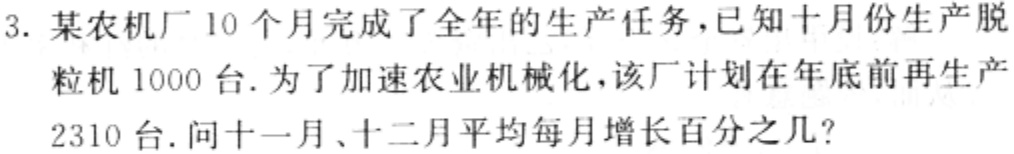
3. 某农机厂10个月完成了全年的生产任务，已知十月份生产脱
粒机1000台. 为了加速农业机械化，该厂计划在年底前再生产
2310台. 问十一月、十二月平均每月增长百分之几?